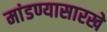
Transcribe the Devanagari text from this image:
मांडण्यासारखे